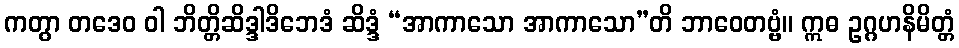
ကတွာ တဒေဝ ဝါ ဘိတ္တိဆိဒ္ဒါဒိဘေဒံ ဆိဒ္ဒံ “အာကာသော အာကာသော”တိ ဘာဝေတဗ္ဗံ။ ဣဓ ဥဂ္ဂဟနိမိတ္တံ